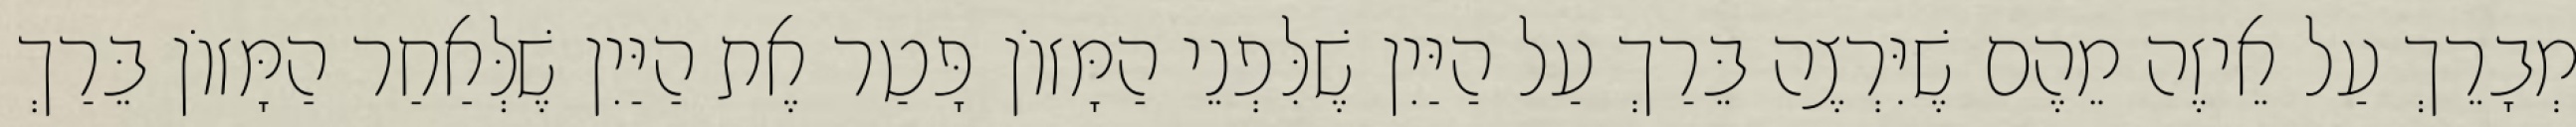
מְבָרֵךְ עַל אֵיזֶה מֵהֶם שֶׁיִּרְצֶה בֵּרַךְ עַל הַיַּיִן שֶׁלִּפְנֵי הַמָּזוֹן פָּטַר אֶת הַיַּיִן שֶׁלְּאַחַר הַמָּזוֹן בֵּרַךְ